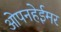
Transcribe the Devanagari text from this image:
ओपनहेईमर